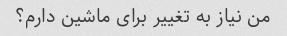
من نیاز به تغییر برای ماشین دارم؟